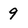
Character: 9